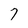
Character: 7